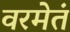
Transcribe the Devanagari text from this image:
वरमेतं